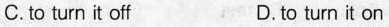
C.to turn it off D.to turn it on